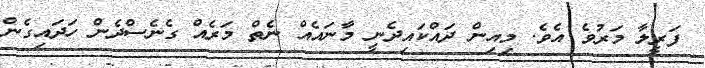
ފަރީލާ މަރުވެ އެވެ. މިއިން ދައްކައިދެނީ މާނައެއް ނެތް މަރެއް ގެނެސްދެން ހަދައިގެން